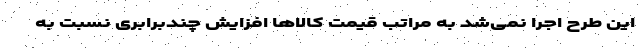
این طرح اجرا نمی‌شد به مراتب قیمت کالاها افزایش چندبرابری نسبت به